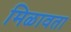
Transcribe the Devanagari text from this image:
मिळावता